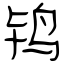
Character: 鸨